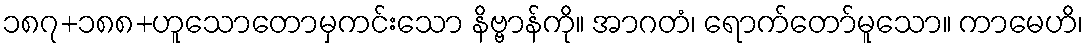
၁၈၇+၁၈၈+ဟူသောတောမှကင်းသော နိဗ္ဗာန်ကို။ အာဂတံ၊ ရောက်တော်မူသော။ ကာမေဟိ၊